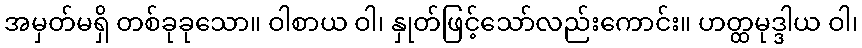
အမှတ်မရှိ တစ်ခုခုသော။ ဝါစာယ ဝါ၊ နှုတ်ဖြင့်သော်လည်းကောင်း။ ဟတ္ထမုဒ္ဒါယ ဝါ၊